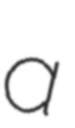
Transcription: a